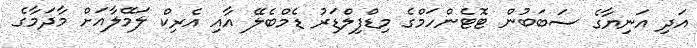
އަދި އަނިޔާގެ ސަބަބުން ޓޮޓެންހަމްގެ މިޑްފިލްޑަރު ޑެމްބެލޭ އާއި އެރިކް ލަމޭލާއަށް މާދަމާގެ